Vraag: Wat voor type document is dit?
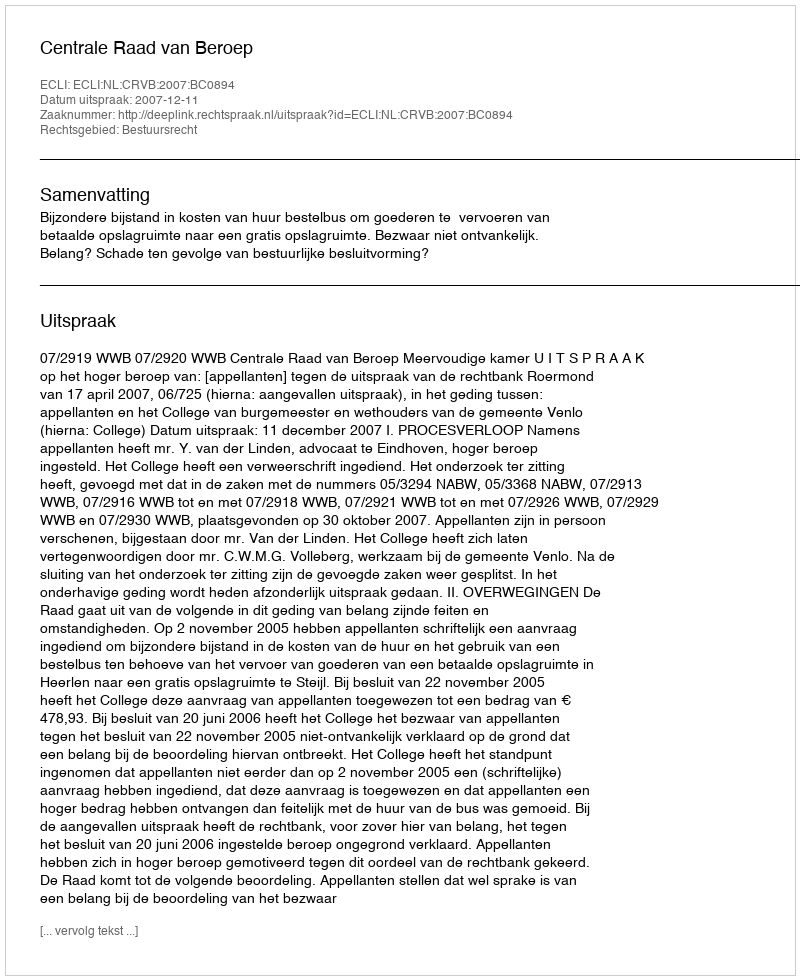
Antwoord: Uitspraak